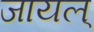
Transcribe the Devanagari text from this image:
जायल्